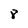
Character: 8